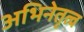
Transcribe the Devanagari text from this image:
अभिनेतृत्व